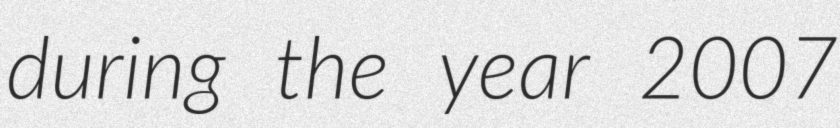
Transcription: during the year 2007